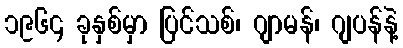
၁၉၆၄ ခုနှစ်မှာ ပြင်သစ်၊ ဂျာမန်၊ ဂျပန်နဲ့